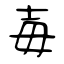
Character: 毐